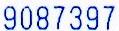
9087397